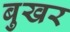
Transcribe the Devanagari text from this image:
बुखर